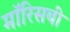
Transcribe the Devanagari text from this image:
मॉरिसबी